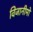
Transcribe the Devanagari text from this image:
विजानीमो